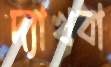
দ্যাখবা